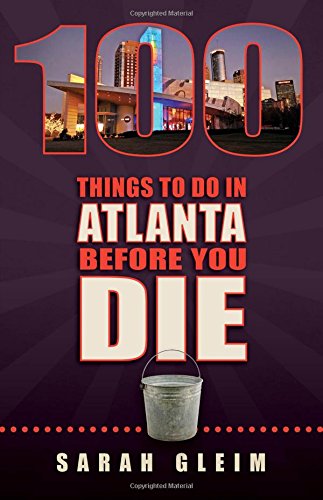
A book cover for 100 Things to Do in Atlanta Before You Die (100 Things to Do In... Before You Die); Sarah Gleim; Travel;